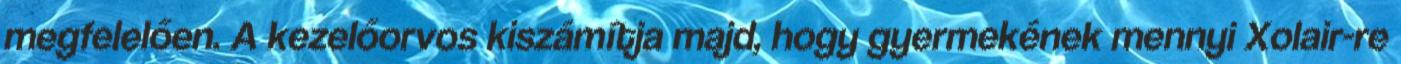
megfelelően. A kezelőorvos kiszámítja majd, hogy gyermekének mennyi Xolair-re